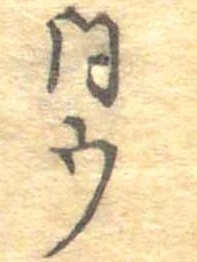
同ウ